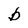
Character: b